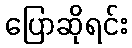
ပြောဆိုရင်း